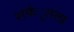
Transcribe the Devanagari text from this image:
शकंुतला